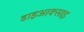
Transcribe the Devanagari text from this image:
डाइआक्साइ